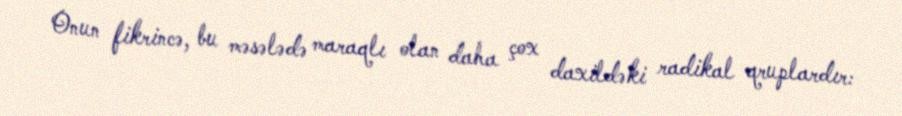
Onun fikrincə, bu məsələdə maraqlı olan daha çox daxildəki radikal qruplardır: